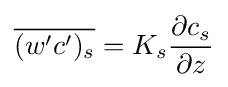
{\overline {(w'c')_{s}}}=K_{s}{\frac {\partial c_{s}}{\partial z}}